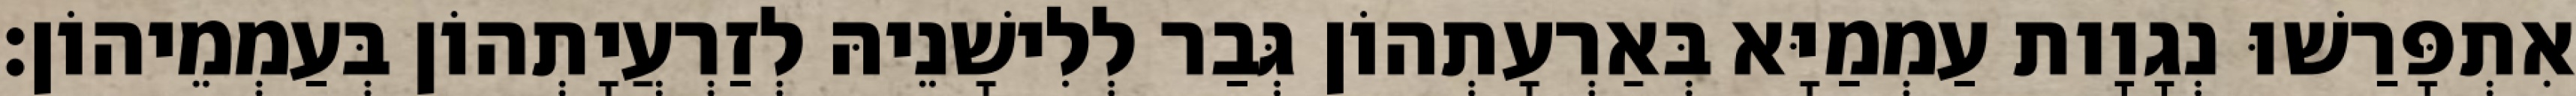
אִתְפָּרַשׁוּ נְגָוָות עַמְמַיָּא בְּאַרְעָתְהוֹן גְּבַר לְלִישָׁנֵיהּ לְזַרְעֲיָתְהוֹן בְּעַמְמֵיהוֹן׃